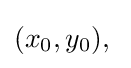
(x_{0},y_{0}),\;